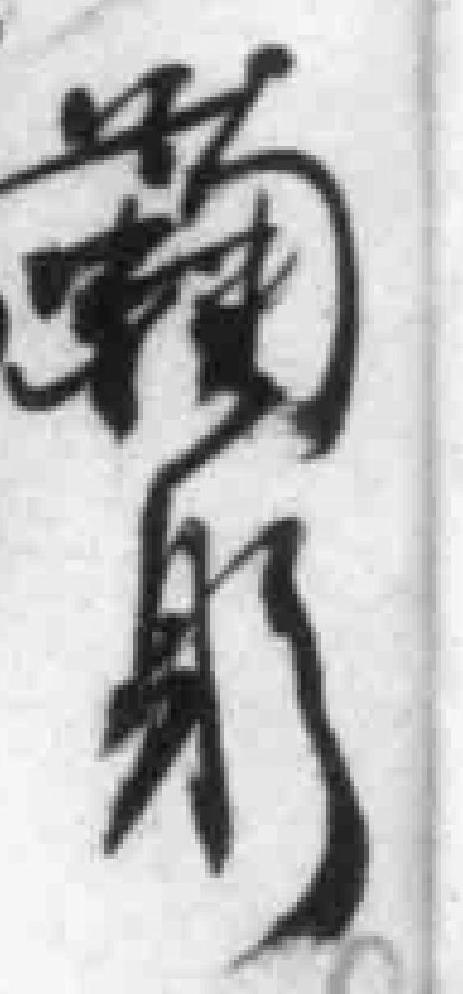
鞠躬